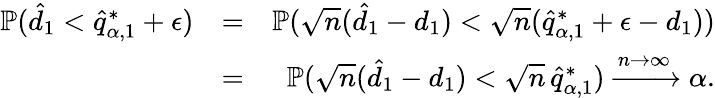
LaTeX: \begin{array}{rlr}{\mathbb{P}(\hat{d}_{1}<\hat{q}_{\alpha,1}^{*}+\epsilon)}&{=}&{\mathbb{P}(\sqrt{n}(\hat{d}_{1}-d_{1})<\sqrt{n}(\hat{q}_{\alpha,1}^{*}+\epsilon-d_{1}))}\\ &{=}&{\mathbb{P}(\sqrt{n}(\hat{d}_{1}-d_{1})<\sqrt{n}\thinspace\hat{q}_{\alpha,1}^{*})\xrightarrow{n\to\infty}\alpha.}\end{array}